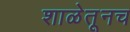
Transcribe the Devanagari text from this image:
शाळेतूनच